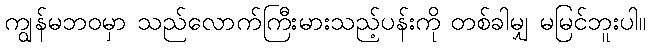
ကျွန်မဘဝမှာ သည်လောက်ကြီးမားသည့်ပန်းကို တစ်ခါမျှ မမြင်ဘူးပါ။